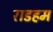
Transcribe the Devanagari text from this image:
राडहम